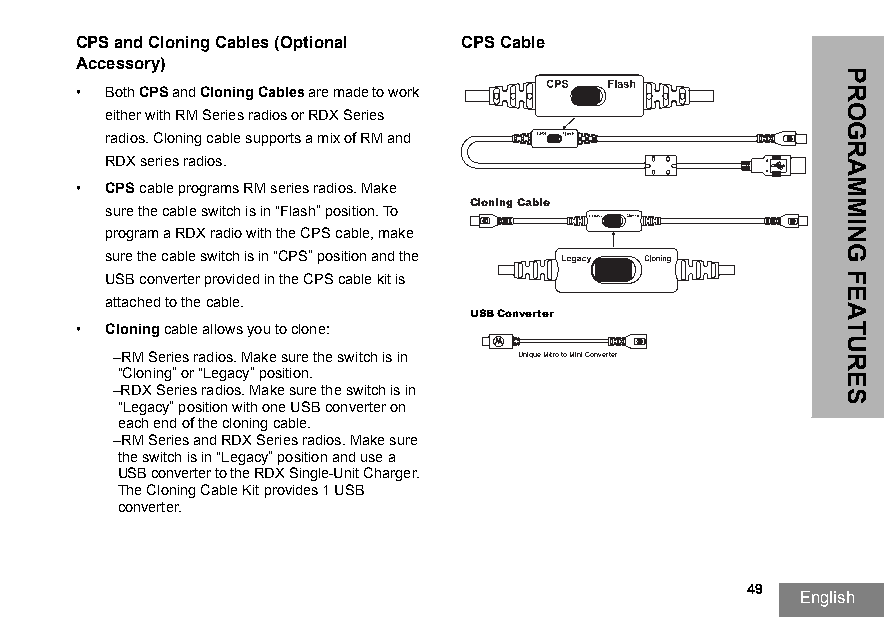
CPS and Cloning Cables (Optional CPS Cable
 Accessory)
 • Both CPS and Cloning Cables are made to work
 either with RM Series radios or RDX Series
 radios. Cloning cable supports a mix of RM and
 RDX series radios.
 • CPS cable programs RM series radios. Make
 Cloning Cable
 sure the cable switch is in “Flash” position. To
 program a RDX radio with the CPS cable, make
 sure the cable switch is in “CPS” position and the
 USB converter provided in the CPS cable kit is
 attached to the cable.
 USB Converter
 Cloning Cable
 • Cloning cable allows you to clone:
 –RM Series radios. Make sure the switch is in Unique Micro to Mini Converter
 “Cloning” or “Legacy” position.
 –RDX Series radios. Make sure the switch is in
 “Legacy” position with one USB converter on
 each end of the cloning cable.
 –RM Series and RDX Series radios. Make sure
 the switch is in “Legacy” position and use a
 USB converter to the RDX Single-Unit Charger.
 The Cloning Cable Kit provides 1 USB
 converter.
 49
 English
 PROGRAMMING
 FEATURES